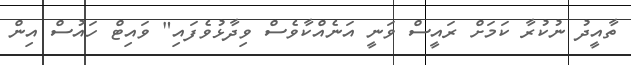
ތާއީދު ނުކުރާ ކަމަށް ރައީސް ވަނީ އަނެއްކާވެސް ވިދާޅުވެފައި" ވައިޓް ހައުސް އިން